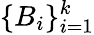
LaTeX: \{ B_{i}\} _{i=1}^{k}